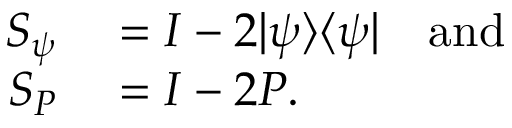
\begin{array} { r l } { S _ { \psi } } & { { } = I - 2 | \psi \rangle \langle \psi | \quad { \mathrm { a n d } } } \\ { S _ { P } } & { { } = I - 2 P . } \end{array}